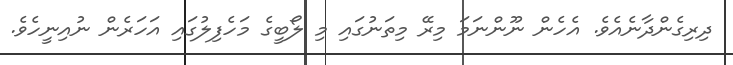
ދިރިގެންދާނެއެވެ. އެހެން ނޫންނަމަ މިރޭ މިތަނުގައި މި ލޯބީގެ މަހެފިލުގައި އަހަރެން ނުއިނީހެވެ.